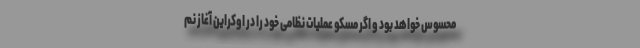
محسوس خواهد بود و اگر مسکو عملیات نظامی خود را در اوکراین آغاز نم